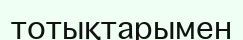
тотықтарымен